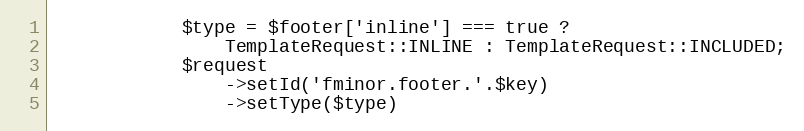
Language: PHP
            $type = $footer['inline'] === true ?
                TemplateRequest::INLINE : TemplateRequest::INCLUDED;
            $request
                ->setId('fminor.footer.'.$key)
                ->setType($type)